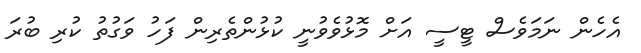
އެހެން ނަމަވެސް ޓީސީ އަށް މޮޅުވެވުނީ ކުޅުންތެރިން ފަހު ވަގުތު ކުރި ބުރަ